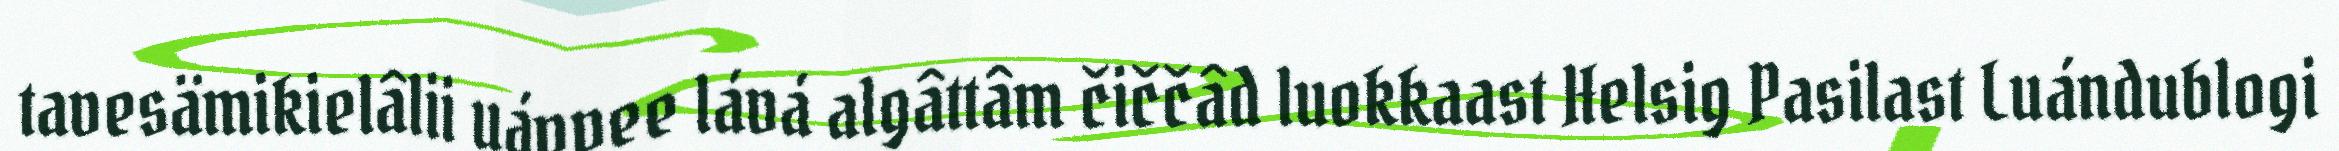
tavesämikielâlii uáppee lává algâttâm čiččâd luokkaast Helsig Pasilast Luándublogi